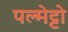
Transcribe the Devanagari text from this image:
पल्मेट्टो